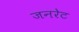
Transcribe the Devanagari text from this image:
जनरेट